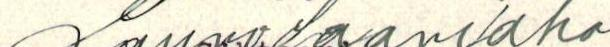
Lauri Saariaho